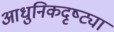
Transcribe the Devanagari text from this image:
आधुनिकदृष्ट्या